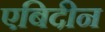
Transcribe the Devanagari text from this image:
एबिदीन